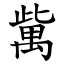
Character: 歶